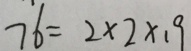
7 6 = 2 \times 2 \times 1 9